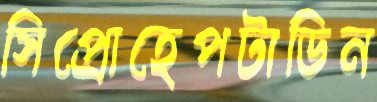
সিপ্রোহেপটাডিন